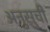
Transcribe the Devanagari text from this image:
अनुसुची